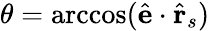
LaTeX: \theta=\operatorname{arccos}(\hat{\mathbf{e}}\cdot\hat{\mathbf{r}}_{s})